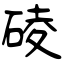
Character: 碐